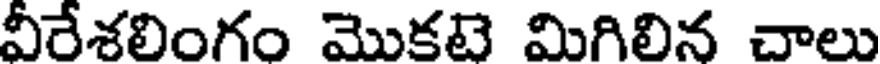
వీరేశలింగం మొకటే మిగిలిన చాలు